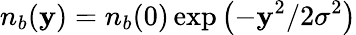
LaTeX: n_{b}(\mathbf{y})=n_{b}(0)\exp\left(-\mathbf{y}^{2}/2\sigma^{2}\right)